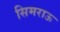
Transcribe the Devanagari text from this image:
सिमराऊ